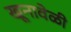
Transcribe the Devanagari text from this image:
खूनावेळी